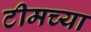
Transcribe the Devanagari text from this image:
टीमच्या